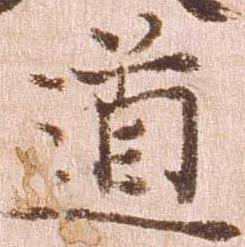
道